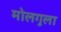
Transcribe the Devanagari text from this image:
मोलगुला